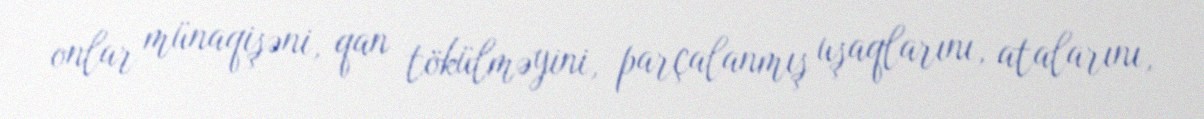
onlar münaqişəni, qan tökülməyini, parçalanmış uşaqlarını, atalarını,